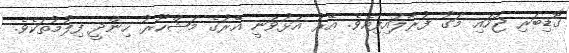
ގޮޑިބަރި ޖަހައި މަގު ފުރާލައިފިއެވެ. އޭރު އަޅުވަނީ އޭރުގެ މަޝްހޫރު ހިންދީ ފިލުމުތަކެވެ.